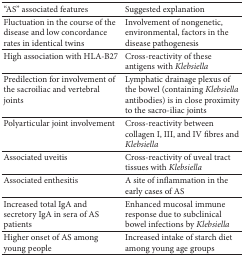
<table><thead><tr><td><b>“AS” associated features</b></td><td><b>Suggested explanation</b></td></tr></thead><tbody><tr><td>Fluctuation in the course of the disease and low concordance rates in identical twins</td><td>Involvement of nongenetic, environmental, factors in the disease pathogenesis</td></tr><tr><td>High association with HLA-B27</td><td>Cross-reactivity of these antigens with <i>Klebsiella </i></td></tr><tr><td>Predilection for involvement of the sacroiliac and vertebral joints</td><td>Lymphatic drainage plexus of the bowel (containing <i>Klebsiella</i> antibodies) is in close proximity to the sacro-iliac joints</td></tr><tr><td>Polyarticular joint involvement </td><td>Cross-reactivity between collagen I, III, and IV fibres and <i>Klebsiella </i></td></tr><tr><td>Associated uveitis</td><td>Cross-reactivity of uveal tract tissues with <i>Klebsiella </i></td></tr><tr><td>Associated enthesitis</td><td>A site of inflammation in the early cases of AS</td></tr><tr><td>Increased total IgA and secretory IgA in sera of AS patients</td><td>Enhanced mucosal immune response due to subclinical bowel infections by <i>Klebsiella </i></td></tr><tr><td>Higher onset of AS among young people</td><td>Increased intake of starch diet among young age groups</td></tr></tbody></table>